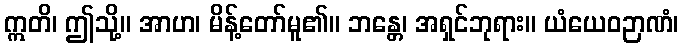
ဣတိ၊ ဤသို့။ အာဟ၊ မိန့်တော်မူ၏။ ဘန္တေ၊ အရှင်ဘုရား။ ယံယေဝဉာဏံ၊